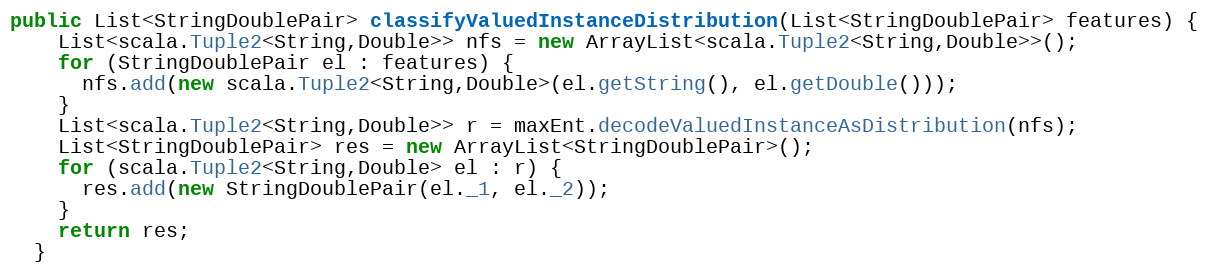
Language: Java
public List<StringDoublePair> classifyValuedInstanceDistribution(List<StringDoublePair> features) {
    List<scala.Tuple2<String,Double>> nfs = new ArrayList<scala.Tuple2<String,Double>>();
    for (StringDoublePair el : features) {
      nfs.add(new scala.Tuple2<String,Double>(el.getString(), el.getDouble()));
    }
    List<scala.Tuple2<String,Double>> r = maxEnt.decodeValuedInstanceAsDistribution(nfs);
    List<StringDoublePair> res = new ArrayList<StringDoublePair>();
    for (scala.Tuple2<String,Double> el : r) {
      res.add(new StringDoublePair(el._1, el._2));
    }
    return res;
  }